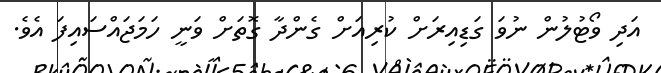
އަދި ވޯޓުލުން ނުވަ ގަޑިއިރަށް ކުރިއަށް ގެންދާ ގޮތަށް ވަނީ ހަމަޖައްސައިފަ އެވެ.